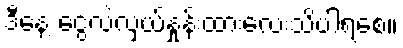
ဒီနေ့ ငွေလဲလှယ်နှုန်းထားလေးသိပါရစေ။